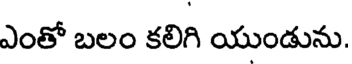
ఎంతో బలం కలిగి యుండును.